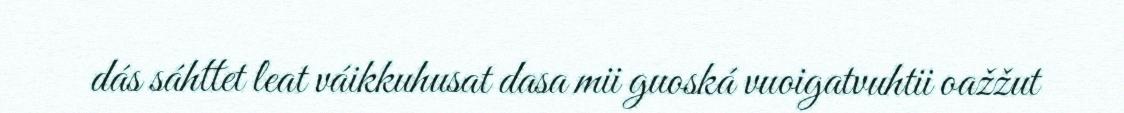
dás sáhttet leat váikkuhusat dasa mii guoská vuoigatvuhtii oažžut